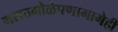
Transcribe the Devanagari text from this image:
मराठमोळेपणामागेही